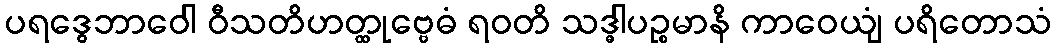
ပရဒွေဘာဝေါ ဝီသတိဟတ္ထုဗ္ဗေဓံ ရဝတိ သဒ္ဓါပဉ္စမာနိ ကာဝေယျံ ပရိတောသံ